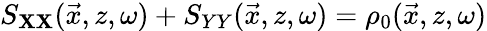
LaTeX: S_{\mathbf{X}\mathbf{X}}(\vec{{x}},z,\omega)+S_{YY}(\vec{{x}},z,\omega)=\rho_{0}(\vec{{x}},z,\omega)